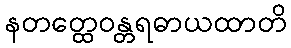
နတတ္ထေဝန္တရဓာယထာတိ